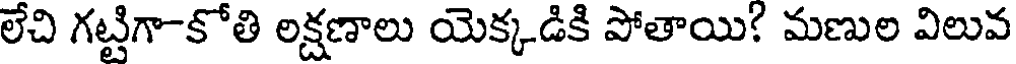
లేచి గట్టిగా-కోతి లక్షణాలు యెక్కడికి పోతాయి! మణుల విలువ